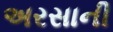
અરસાની